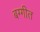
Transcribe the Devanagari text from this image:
बग्गीत